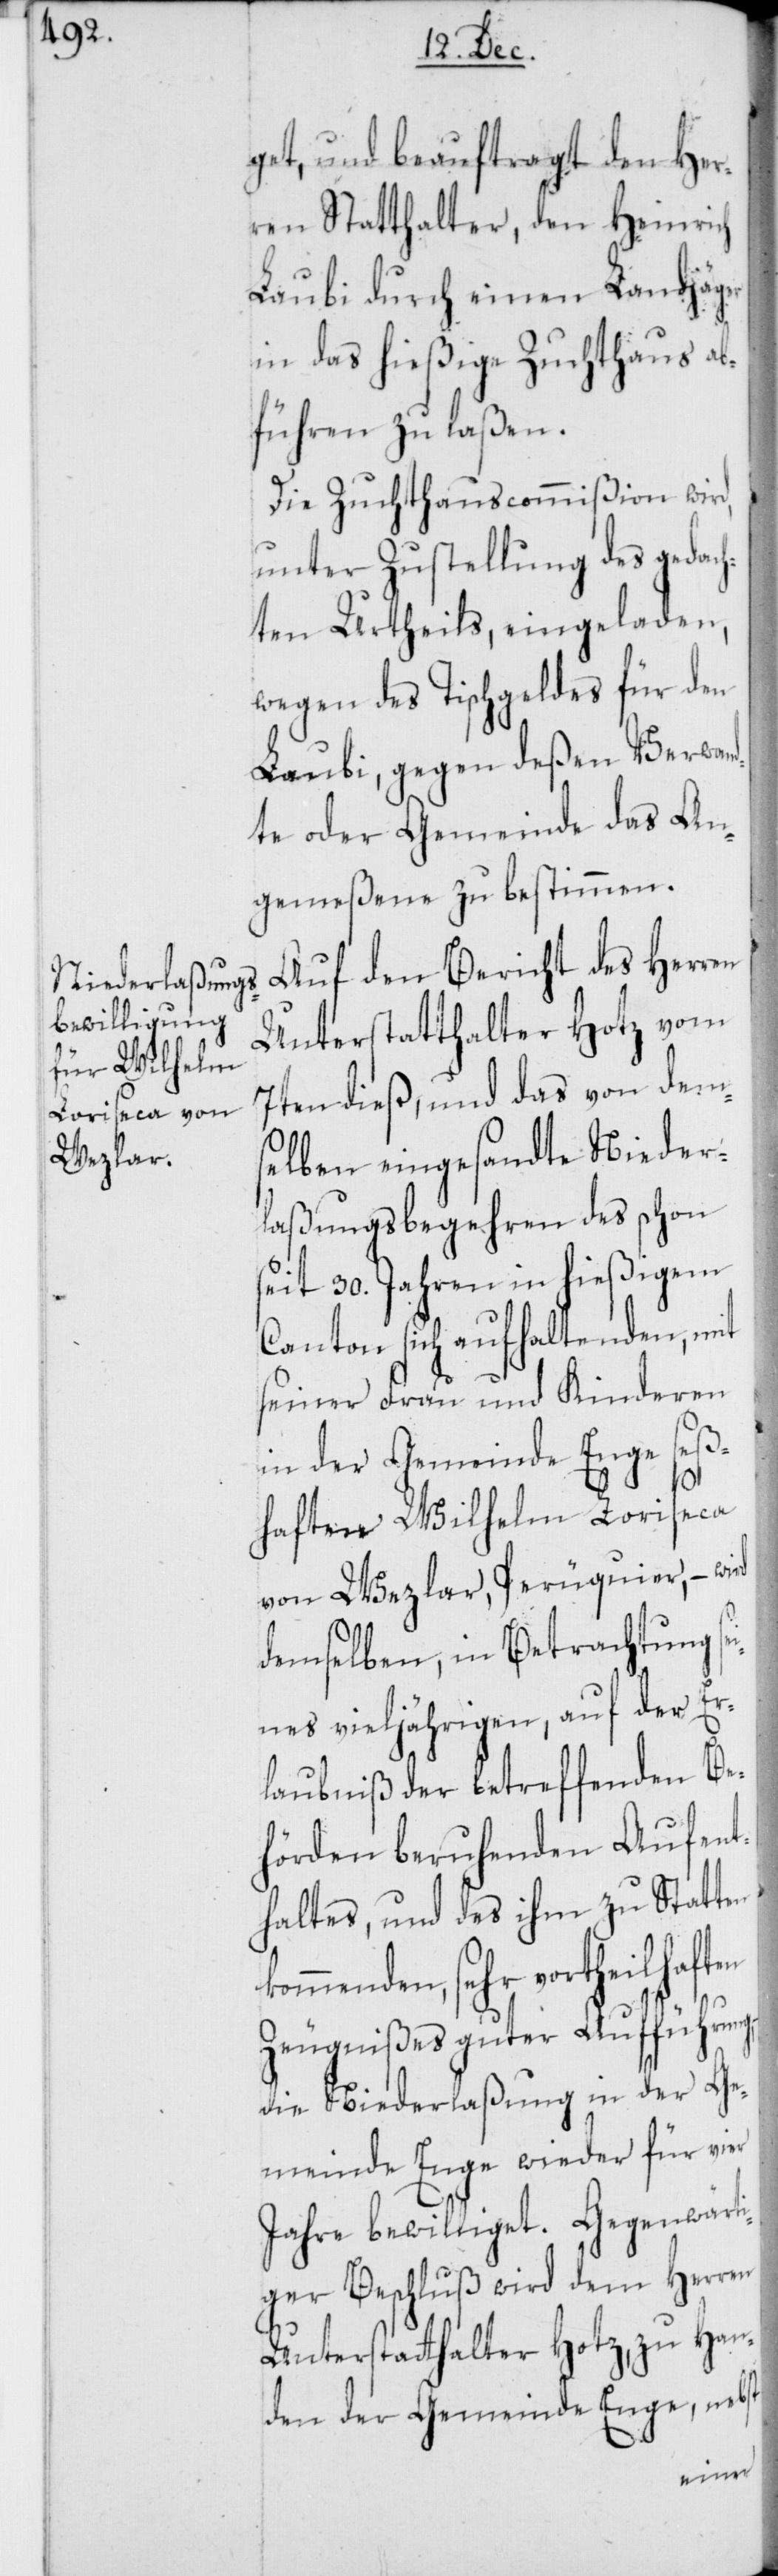
get, und beauftragt den Her¬
ren Statthalter, den Heinrich
Laubi durch einen Landjäger
in das hießige Zuchthaus ab¬
führen zu laßen.
Die Zuchthauscommißion wird,
unter Zustellung des gedach¬
ten Urtheils, eingeladen,
wegen des Tischgeldes für den
Laubi, gegen deßen Verwan¬
dte oder Gemeinde das An¬
gemeßene zu bestimmen.
Auf den Bericht des Herren
Unterstatthalter Hotz vom
7ten dieß, und das von dem¬
selben eingesandte Nieder¬
laßungsbegehren des schon
eit 30. Jahren in hießigem
Canton sich aufhaltenden, mit
seiner Frau und Kinderen
in der Gemeinde Enge seß¬
haften Wilhelm Loriseca
von Wezlar, Perüquier, –
demselben, in Betrachtung s¬
e¬
ines vieljährigen, auf der E¬
rlaubniß der betreffenden Be¬
hörden beruhenden Aufent¬
haltes, und des ihm zu Statten
kommenden, sehr
Zeugnißes guter Aufführung,
die Niederlaßung in der Ge¬
meinde Enge wieder für vier
Jahre bewilliget. Gegenwärt¬
iger Beschluß wird dem Herren
Unterstatthalter Hotz, zu Han¬
den der Gemeinde Enge, nebst